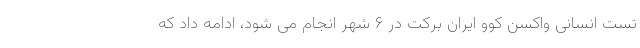
تست انسانی واکسن کوو ایران برکت در ۶ شهر انجام می شود، ادامه داد که